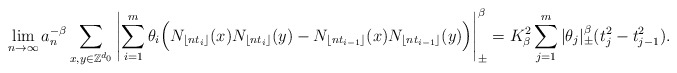
\begin{align*} \lim_{n\rightarrow\infty}a_n^{-\beta}\sum_{x,y\in\mathbb Z^{d_0}}\left|\sum_{i=1}^m\theta_i\Big(N_{\lfloor nt_i\rfloor}(x)N_{\lfloor nt_i\rfloor}(y)-N_{\lfloor nt_{i-1}\rfloor}(x)N_{\lfloor nt_{i-1}\rfloor}(y)\Big)\right|_\pm^\beta=K_\beta^2\sum_{j=1}^m|\theta_j|_\pm^\beta(t_j^2-t_{j-1}^2) .\end{align*}